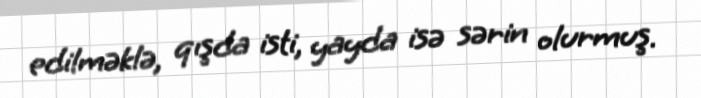
edilməklə, qışda isti, yayda isə sərin olurmuş.